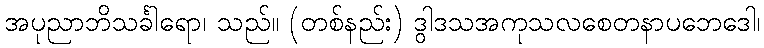
အပုညာဘိသင်္ခါရော၊ သည်။ (တစ်နည်း) ဒွါဒသအကုသလစေတနာပဘေဒေါ၊